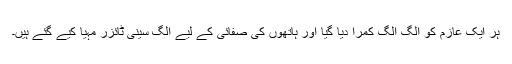
ہر ایک عازم کو الگ الگ کمرا دیا گیا اور ہاتھوں کی صفائی کے لیے الگ سینی ٹائزر مہیا کیے گئے ہیں۔